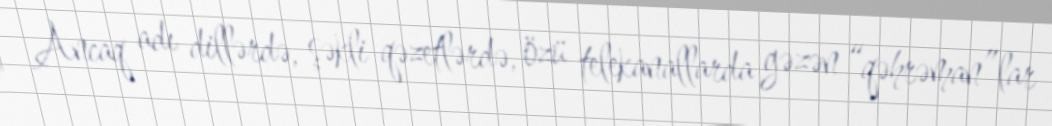
Ancaq adı dillərdə, şəkli qəzetlərdə, özü telekanallarda gəzən “qəhrəman”lar